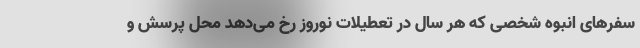
سفرهای انبوه شخصی که هر سال در تعطیلات نوروز رخ می‌دهد محل پرسش و